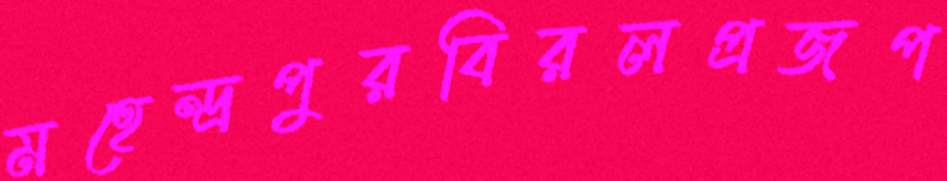
মহেন্দ্রপুরবিরলপ্রজপ